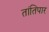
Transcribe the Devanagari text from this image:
तांतिपार